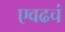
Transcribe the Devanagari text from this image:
एवढचं